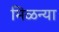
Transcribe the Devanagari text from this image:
मिळन्या